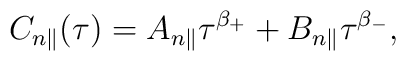
C_{n\parallel}(\tau)=A_{n\parallel}\tau^{\beta_+}+B_{n\parallel}\tau^{\beta_-},